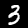
Label: 3